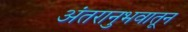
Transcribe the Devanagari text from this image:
अंतरानुभवातून